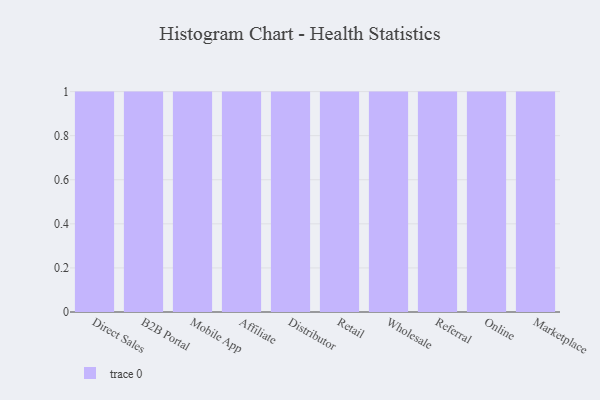
{"axis": {"x": "Channel", "y": "Tickets Resolved"}, "legend": [""], "data": [{"x": "Direct Sales", "y": 43, "type": ""}, {"x": "B2B Portal", "y": 52, "type": ""}, {"x": "Mobile App", "y": 50, "type": ""}, {"x": "Affiliate", "y": 5, "type": ""}, {"x": "Distributor", "y": 8, "type": ""}, {"x": "Retail", "y": 48, "type": ""}, {"x": "Wholesale", "y": 71, "type": ""}, {"x": "Referral", "y": 97, "type": ""}, {"x": "Online", "y": 29, "type": ""}, {"x": "Marketplace", "y": 61, "type": ""}]}